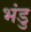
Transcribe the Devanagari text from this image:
भंडु